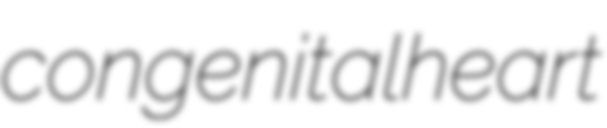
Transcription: congenital heart